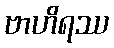
ဗာဟိရဿ